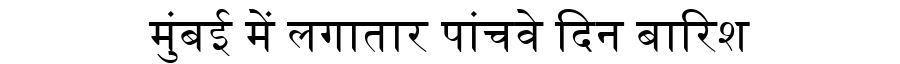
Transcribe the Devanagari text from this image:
मुंबई में लगातार पांचवे दिन बारिश